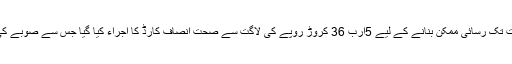
صوبے میں عوام کو صحت سہولیات تک رسائی ممکن بنانے کے لیے 5ارب 36 کروڑ روپے کی لاگت سے صحت انصاف کارڈ کا اجراء کیا گیا جس سے صوبے کی 70فیصد آبادی مستفید ہورہی ہے۔